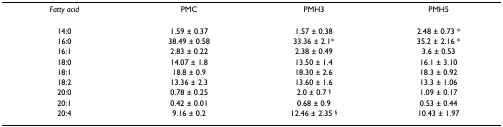
<table><thead><tr><td><b><i>Fatty acid</i></b></td><td><b>PMC</b></td><td><b>PMH3</b></td><td><b>PMH5</b></td></tr></thead><tbody><tr><td>14:0</td><td>1.59 ± 0.37</td><td>1.57 ± 0.38</td><td>2.48 ± 0.73 *</td></tr><tr><td>16:0</td><td>38.49 ± 0.58</td><td>33.36 ± 2.1*</td><td>35.2 ± 2.16 *</td></tr><tr><td>16:1</td><td>2.83 ± 0.22</td><td>2.38 ± 0.49</td><td>3.6 ± 0.53</td></tr><tr><td>18:0</td><td>14.07 ± 1.8</td><td>13.50 ± 1.4</td><td>16.1 ± 3.10</td></tr><tr><td>18:1</td><td>18.8 ± 0.9</td><td>18.30 ± 2.6</td><td>18.3 ± 0.92</td></tr><tr><td>18:2</td><td>13.36 ± 2.3</td><td>13.60 ± 1.6</td><td>13.3 ± 1.06</td></tr><tr><td>20:0</td><td>0.78 ± 0.25</td><td>2.0 ± 0.7 <sup>§</sup></td><td>1.09 ± 0.17</td></tr><tr><td>20:1</td><td>0.42 ± 0.01</td><td>0.68 ± 0.9</td><td>0.53 ± 0.44</td></tr><tr><td>20:4</td><td>9.16 ± 0.2</td><td>12.46 ± 2.35 <sup>§</sup></td><td>10.43 ± 1.97</td></tr></tbody></table>